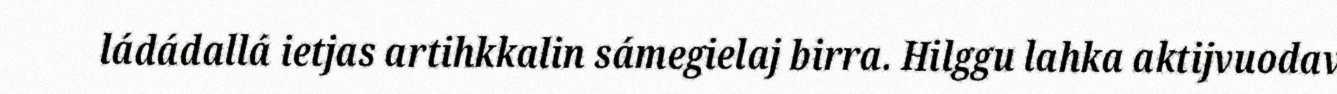
ládádallá ietjas artihkkalin sámegielaj birra. Hilggu lahka aktijvuodav